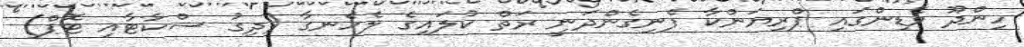
ހިންދޫ ވެޑިންގައި ޕްރިޔަންކާ ފެނިގެންދަނީ ރަތް ކުލައިގެ ލެހެނގާ (ދިގު ސްކާޓާއި ޓޮޕް)